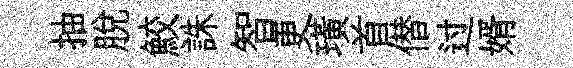
抽脱鮫誅智更璜首僣过婿